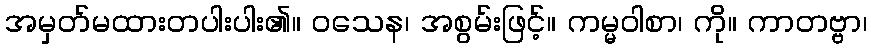
အမှတ်မထားတပါးပါး၏။ ဝသေန၊ အစွမ်းဖြင့်။ ကမ္မဝါစာ၊ ကို။ ကာတဗ္ဗာ၊